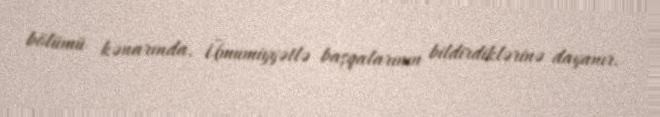
bölümü kənarında, Ümumiyyətlə başqalarının bildirdiklərinə dayanır.